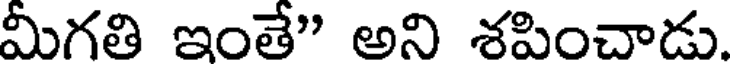
మీగతి ఇంతే" అని శపించాడు.